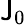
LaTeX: \mathsf{J}_{0}